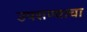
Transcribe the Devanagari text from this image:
उपसण्याचा